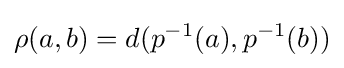
\rho (a,b)=d(p^{-1}(a),p^{-1}(b))